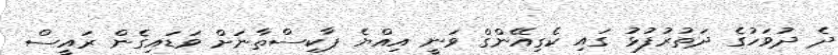
ދެ ދުވަހުގެ ދަތުރުފުޅު ގައި ކެގިއޭންގް ވަނީ އިއްޔެ ޕާކިސްތާނަށް ވަޑައިގެން ރައީސް